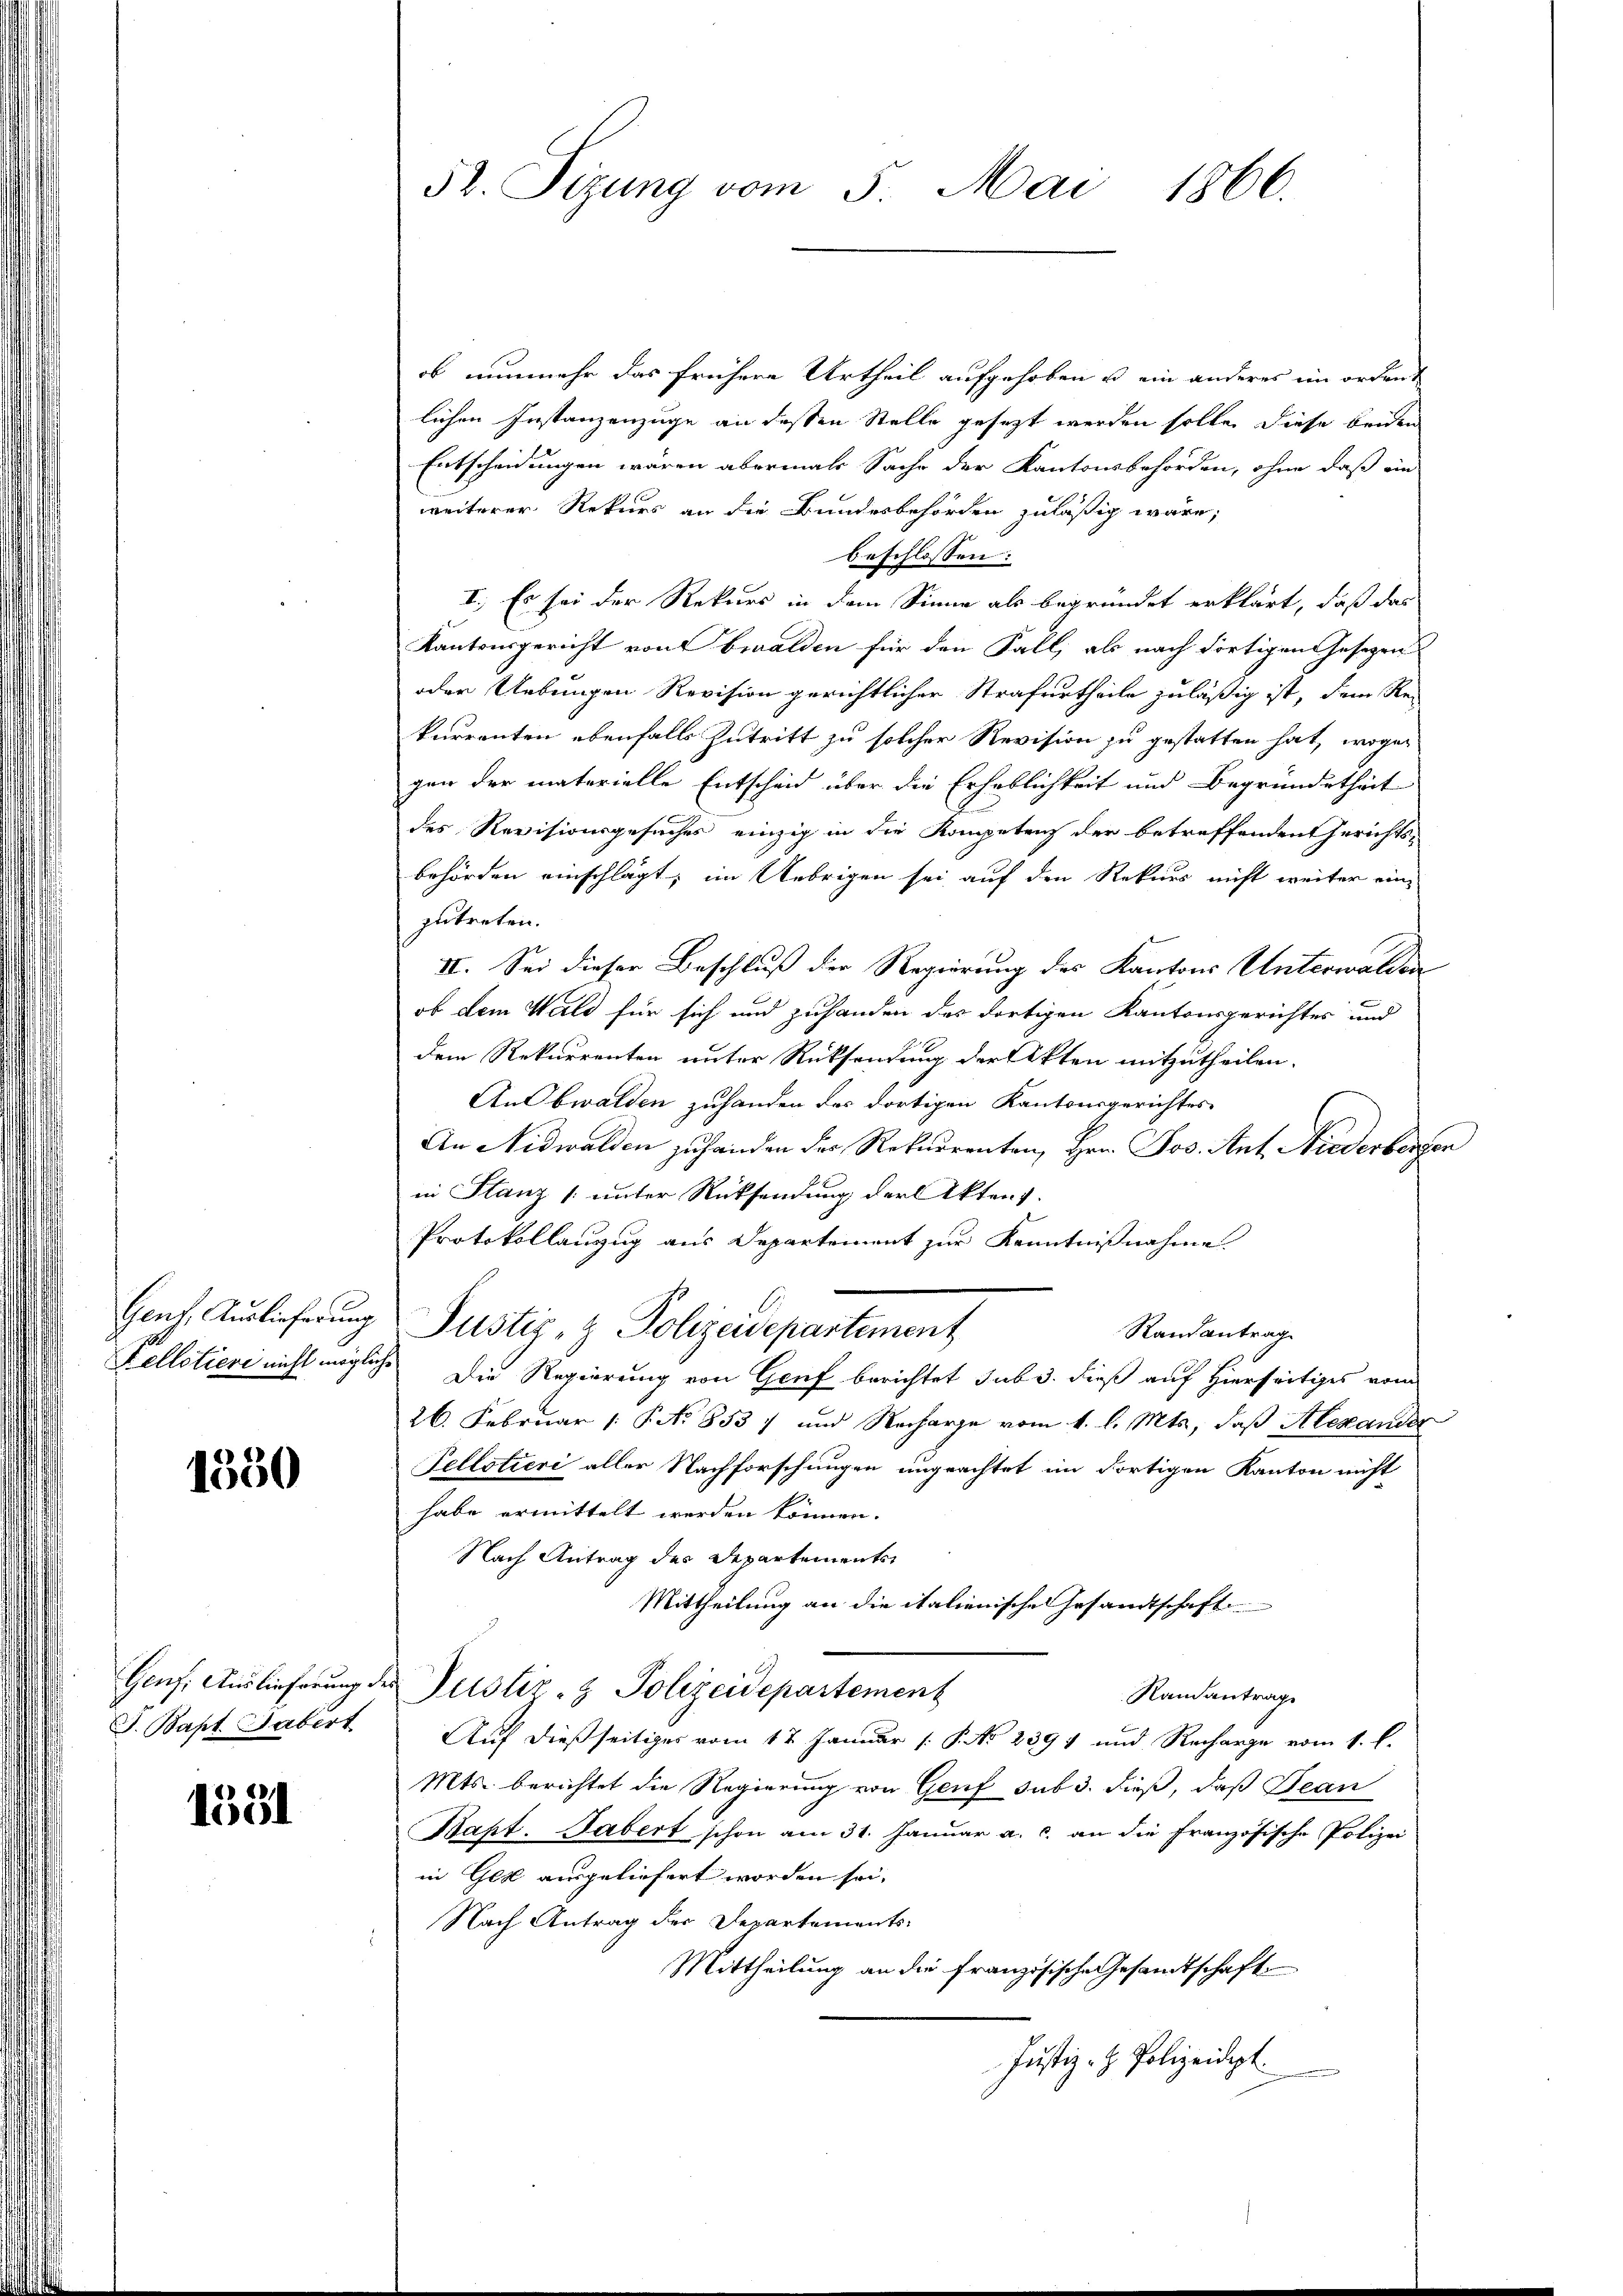
Genf. Auslieferung
tellotiere nicht mögte

1350

Genf. Auslieferung
J. Bapt. Habert

1531

52. Sizung vom 5. Mai 1866.

ob nunmehr das frühere Urtheil aufgehoben u. ein anderes ein ordent
lichen Instanzenzuge an dessen Stelle gesezt werden solle, diese beiden
Entscheidungen wären abermals Sache der Kantonsbehörden, ohne daß ein
weiterer Rekurs an die Bundesbehörden zuläßig wäre;
beschlossen:
I. Es sei der Rekurs in dem Sinne als begründet erklärt, daß das
Kantonsgericht von bwalden für den Fall, als nach dortigen Gesetzen
oder Uebungen Revision gerichtlicher Strafurtheile zuläßig ist, dem Re-
kurrenten ebenfalls Zutritt zu solcher Revision zu gestatten hat, wogen
gen der materielle Entscheid über die Erheblichkeit und Begründetheit
des Revisionsgesuches einzig in die Kompetenz der betreffenden Gerichts-
behörden einschlägt; im Uebrigen sei auf den Rekurs nicht weiter ein
zutreten.
II. Sei dieser Beschluß der Regierung des Kantons Unterwalden
ob dem Wald für sich und zuhanden des dortigen Kantonsgerichtes und
dem Rekurrenten unter Rücksendung der Akten mitzutheilen.
An Obwalden zuhanden des dortigen Kantonsgerichtes
An Nidwalden zu handen der Rekurrenten, Hrn. Jos. Ant. Niederbergen
in Flanz [unter Rücksendung der Aktens.
Protokollanzug aus Departement zur Kenntnißnahme.
Justiz- & Polizeidepartement
Randantrag
 Die Regierung von Genf berichtet sub 3. dieß auf Hierseitiges vom
26. Februar 1 P No 8537 und Recharge vom 4. l. Mts, daß Alexander
Pellotieri aller Nachforschungen ungeachtet im dortigen Kanton nicht
habe ermittelt werden können.
Nach Antrag des Departements
Mittheilung an die italienische Gesandtschaft
Justiz- & Polizeidepartement
Randantrage
Auf dießseitiges vom 17. Januar 1. P. No 239 und Recharge vom 1. l.
Mts. berichtet die Regierung von Genf sub 3. dieß, daß Jean
Bapt. Dabert schon am 31. Januar a. c. an die Französische Polizei
in Ges ausgeliefert worden sei.
Nach Antrag der Departements-
Mittheilung an die französische Gesandtschaft
Justiz- H. Polizeidept.